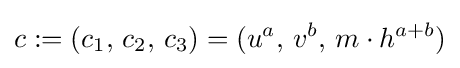
c:=(c_{1},\,c_{2},\,c_{3})=(u^{a},\,v^{b},\,m\cdot h^{a+b})